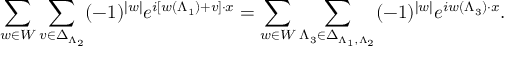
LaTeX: \sum _ { w \in W } \sum _ { v \in \Delta _ { \Lambda _ { 2 } } } ( - 1 ) ^ { | w | } e ^ { i \left[ w ( \Lambda _ { 1 } ) + v \right] \cdot x } = \sum _ { w \in W } \sum _ { \Lambda _ { 3 } \in \Delta _ { \Lambda _ { 1 } , \Lambda _ { 2 } } } ( - 1 ) ^ { | w | } e ^ { i w ( \Lambda _ { 3 } ) \cdot x } .